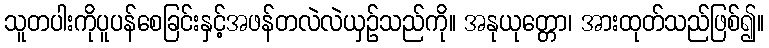
သူတပါးကိုပူပန်စေခြင်းနှင့်အဖန်တလဲလဲယှဉ်သည်ကို။ အနုယုတ္တော၊ အားထုတ်သည်ဖြစ်၍။